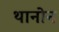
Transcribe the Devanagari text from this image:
थानोन